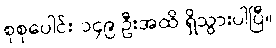
စုစုပေါင်း ၁၄၉ ဦးအထိ ရှိသွားပါပြီ။